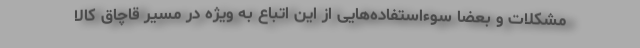
مشکلات و بعضا سوءاستفاده‌هایی از این اتباع به ویژه در مسیر قاچاق کالا